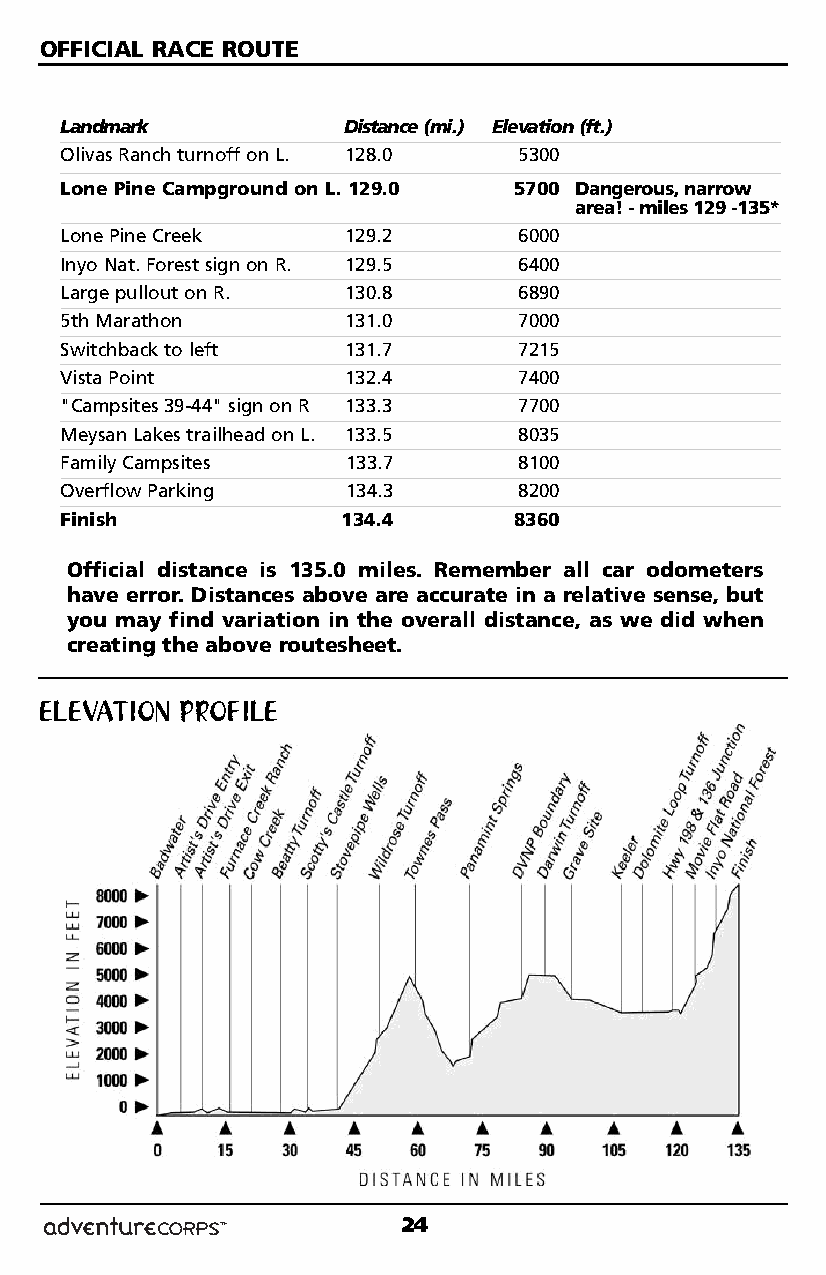
OFFICIAL RACE ROUTE
 Landmark           Distance (mi.) Elevation (ft.)
 Olivas Ranch turnoff on L. 128.0 5300
 Lone Pine Campground on L. 129.0 5700 Dangerous, narrow
 area! - miles 129 -135*
 Lone Pine Creek    129.2      6000
 Inyo Nat. Forest sign on R. 129.5 6400
 Large pullout on R. 130.8     6890
 5th Marathon       131.0      7000
 Switchback to left 131.7      7215
 Vista Point        132.4      7400
 "Campsites 39-44" sign on R 133.3 7700
 Meysan Lakes trailhead on L. 133.5 8035
 Family Campsites   133.7      8100
 Overflow Parking   134.3      8200
 Finish             134.4      8360
 Official distance is 135.0 miles. Remember all car odometers
 have error. Distances above are accurate in a relative sense, but
 you may find variation in the overall distance, as we did when
 creating the above routesheet.
 ELEVATION PROFILE
 24